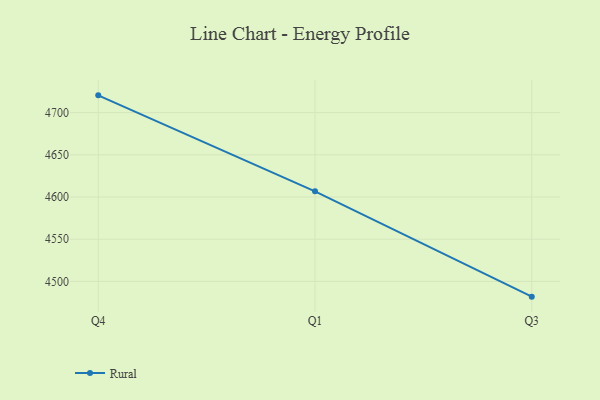
{"axis": {"x": "Quarter", "y": "Population (Million)"}, "legend": ["Rural"], "data": [{"x": "Q4", "y": 4720.5, "type": "Rural"}, {"x": "Q1", "y": 4606.7, "type": "Rural"}, {"x": "Q3", "y": 4481.9, "type": "Rural"}]}